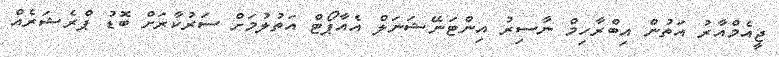
ޖީއެމްއާރު އަތުން އިބްރާހިމް ނާސިރު އިންޓަނޭޝަނަލް އެއާޕޯޓް އަތުލުމަށް ސަރުކާރަށް ބޮޑު ޕްރެޝަރެއް